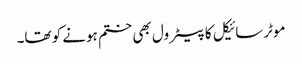
موٹرسائیکل کا پیٹرول بھی ختم ہونے کو تھا۔